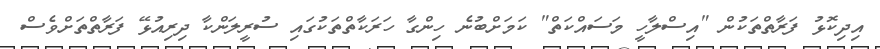
އިދިކޮޅު ފަރާތްތަކުން "އިސްލާހީ މަސައްކަތް" ކަމަށްބުނެ ހިންގާ ހަރަކާތްތަކުގައި ސުރީލަންކާ ދިރިއުޅޭ ފަރާތްތަށްވެސް